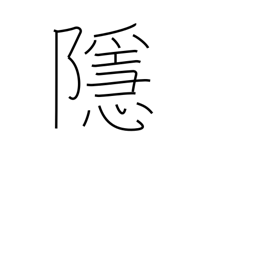
Meaning: hide